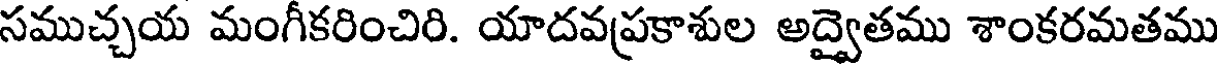
సముచ్చయ మంగీకరించిరి. యాదవప్రకాశుల అద్వైతము శాంకరమతము